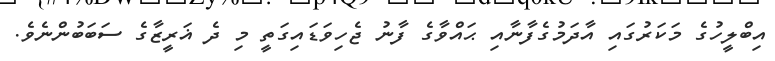
އިބްލީހުގެ މަކަރުގައި އާދަމުގެފާނާއި ޙައްވާގެ ފާނު ޖެހިވަޑައިގަތީ މި ދެ ޣަރީޒާގެ ސަބަބުންނެވެ.